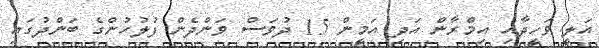
އަލީ ވަހީދާއި އިމްރާން އަދި އަމީން 15 ދުވަސް ވަންދެން ފުލުހުންގެ ބަންދުގައި